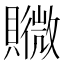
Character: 𧸮